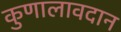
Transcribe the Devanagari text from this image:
कुणालावदान